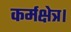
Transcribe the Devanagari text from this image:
कर्मक्षेत्र।